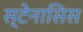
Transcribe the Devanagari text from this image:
स्टेनासिस